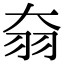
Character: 𦏷